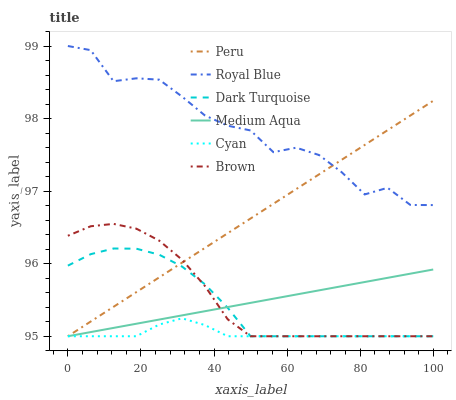
| xaxis_label | Peru | Royal Blue | Dark Turquoise | Medium Aqua | Cyan | Brown |
 | --- | --- | --- | --- | --- | --- | --- |
 | 0 | 95 | 99 | 96 | 95 | 95 | 96.4 |
 | 6.25 | 95.2 | 98.9 | 96.1 | 95.1 | 95 | 96.5 |
 | 12.5 | 95.4 | 98.5 | 96.2 | 95.1 | 95 | 96.5 |
 | 18.8 | 95.6 | 98.6 | 96.2 | 95.2 | 95 | 96.5 |
 | 25 | 95.8 | 98.5 | 96.1 | 95.2 | 95.2 | 96.3 |
 | 31.2 | 96 | 98.3 | 96 | 95.3 | 95.2 | 96.1 |
 | 37.5 | 96.2 | 98 | 95.7 | 95.3 | 95.2 | 95.7 |
 | 43.8 | 96.4 | 97.9 | 95.4 | 95.4 | 95 | 95.2 |
 | 50 | 96.6 | 97.8 | 95 | 95.5 | 95 | 95 |
 | 56.2 | 96.8 | 97.5 | 95 | 95.5 | 95 | 95 |
 | 62.5 | 97 | 97.6 | 95 | 95.6 | 95 | 95 |
 | 68.8 | 97.2 | 97.5 | 95 | 95.6 | 95 | 95 |
 | 75 | 97.4 | 97.3 | 95 | 95.7 | 95 | 95 |
 | 81.2 | 97.6 | 97 | 95 | 95.7 | 95 | 95 |
 | 87.5 | 97.8 | 97 | 95 | 95.8 | 95 | 95 |
 | 93.8 | 98 | 96.8 | 95 | 95.9 | 95 | 95 |
 | 100 | 98.2 | 96.8 | 95 | 95.9 | 95 | 95 |